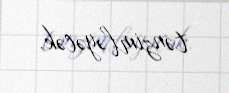
tənzimləyəcək.